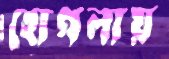
হোগলায়